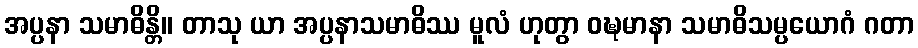
အပ္ပနာ သမာဓိန္တိ။ တာသု ယာ အပ္ပနာသမာဓိဿ မူလံ ဟုတွာ ဝဍ္ဎမာနာ သမာဓိသမ္ပယောဂံ ဂတာ